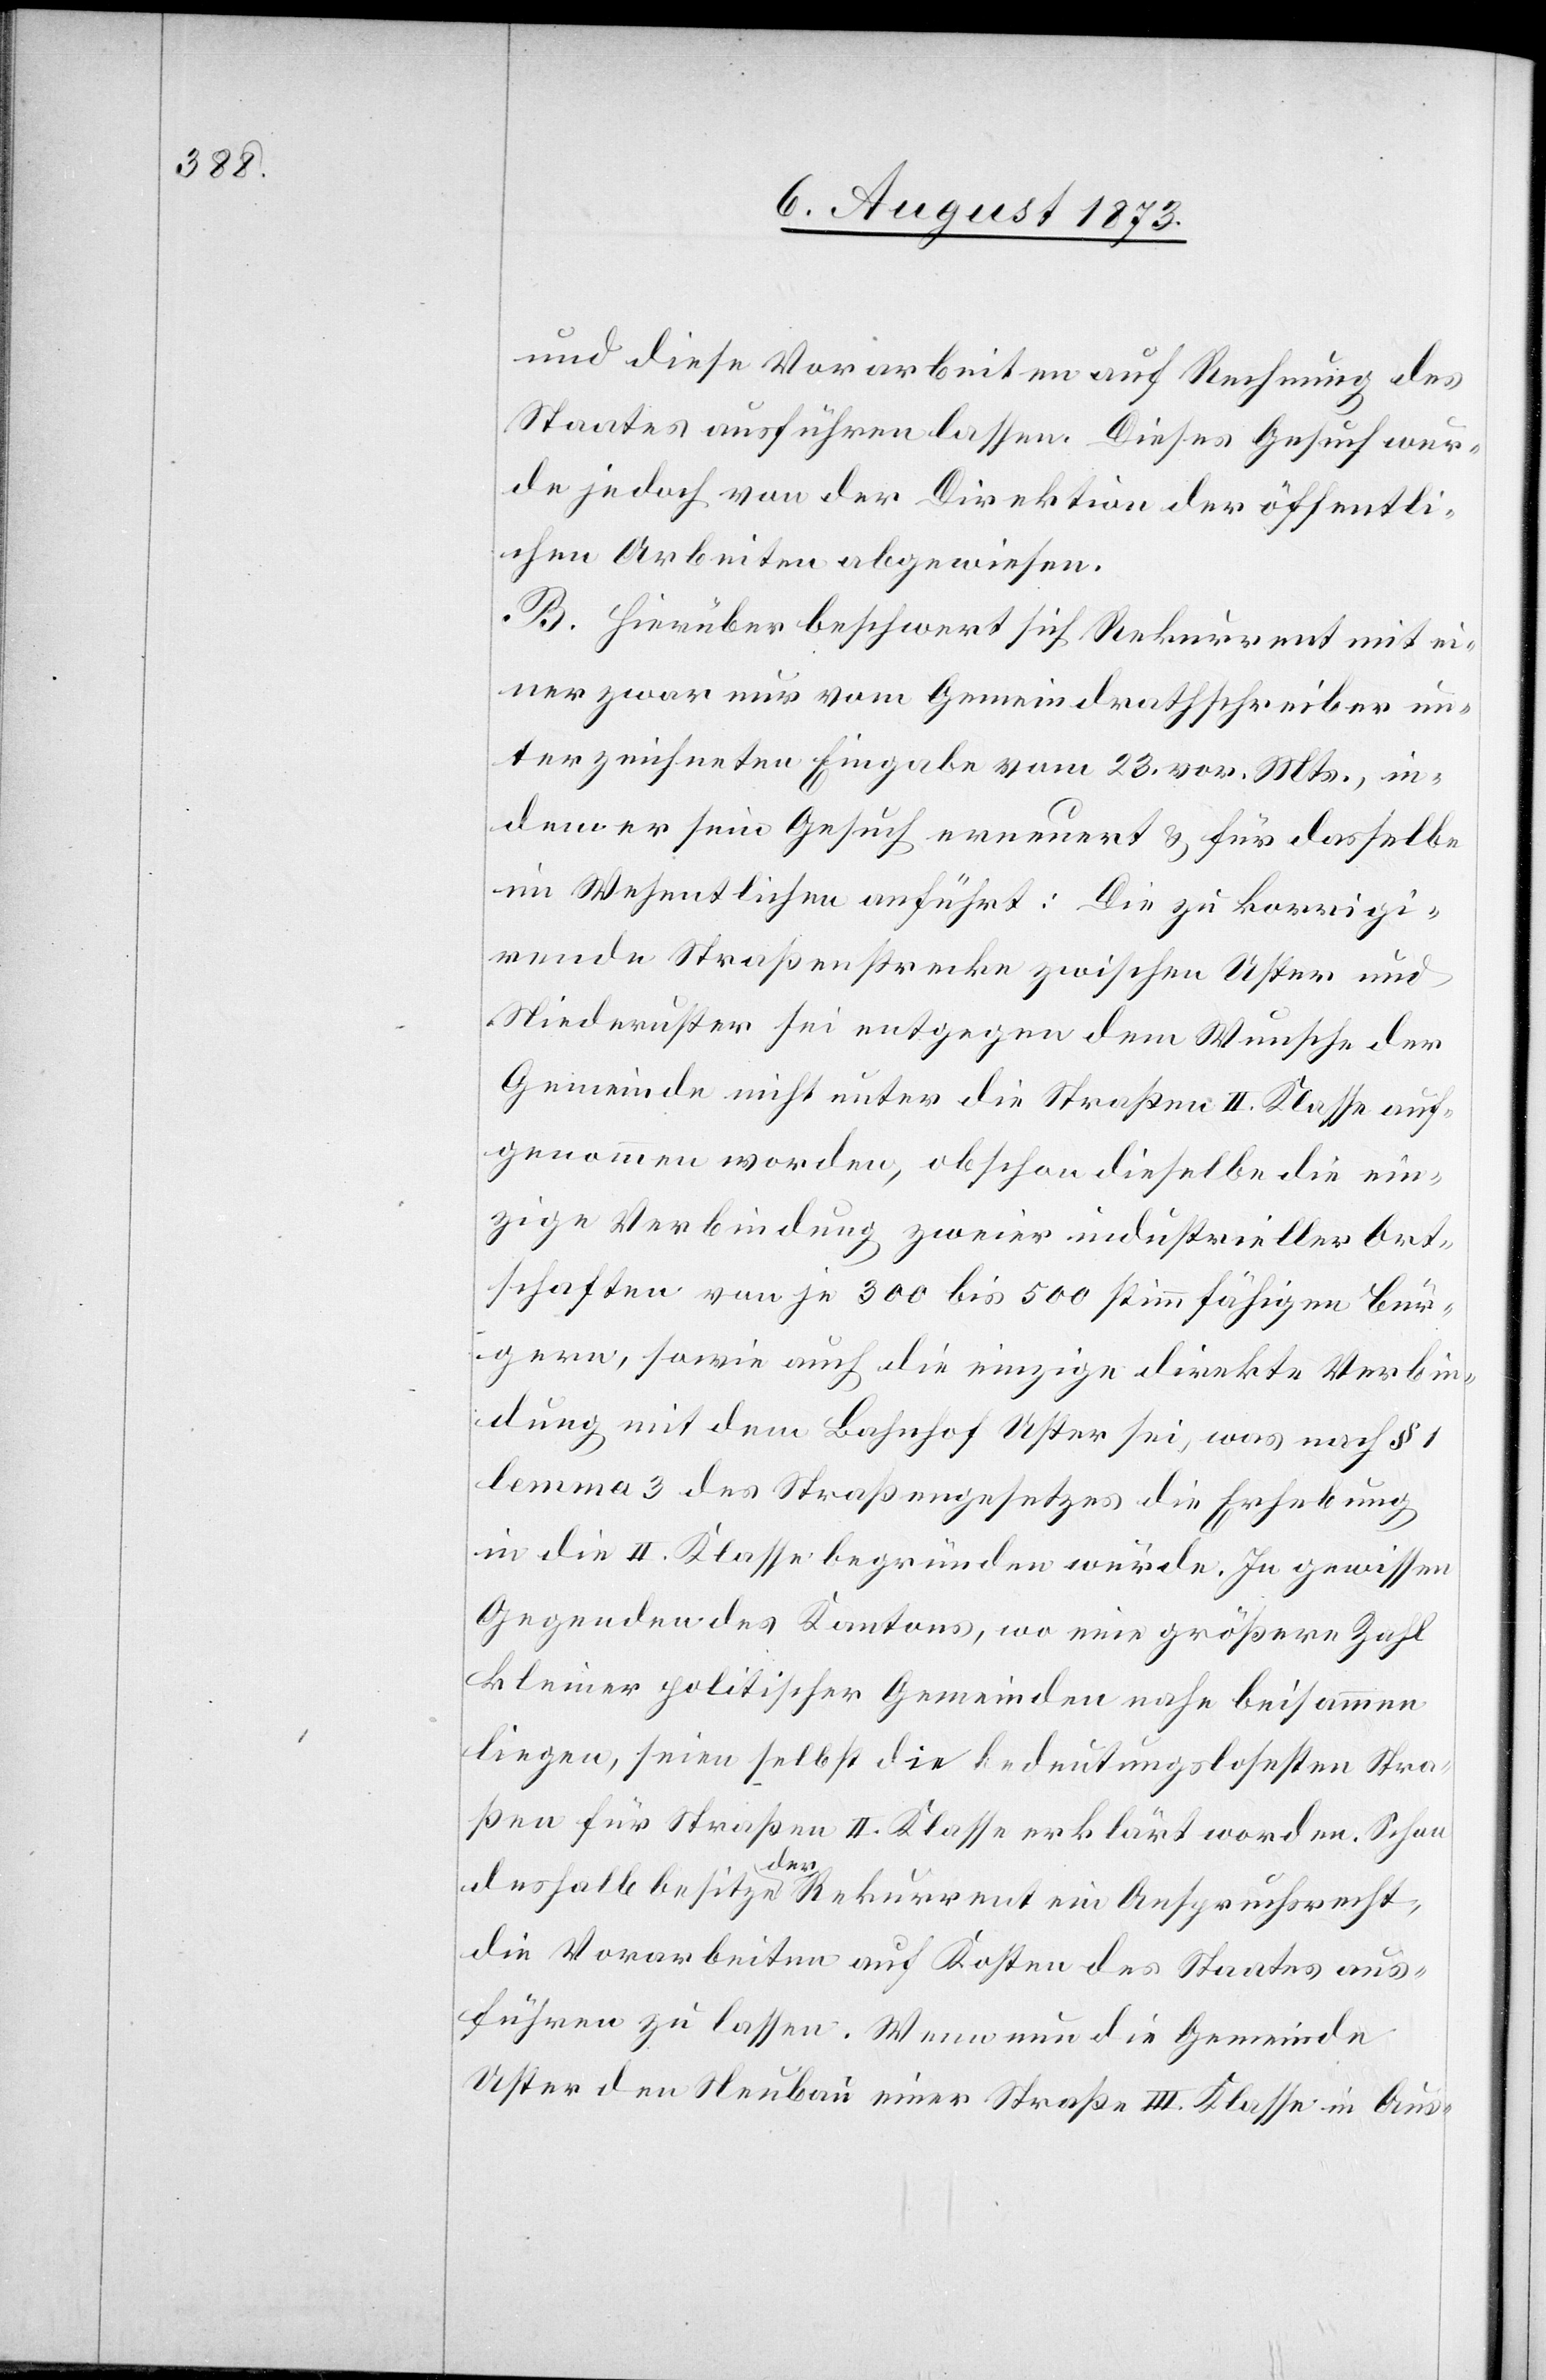
und diese Vorarbeiten auf Rechnung des
Staates ausführen lassen. Dieses Gesuch wur¬
de jedoch von der Direktion der öffentli¬
chen Arbeiten abgewiesen.
B. Hierüber beschwert sich Rekurrent mit ei¬
ner zwar nur vom Gemeindrathschreiber un¬
terzeichneten Eingabe vom 23. vor. Mts., in¬
dem er sein Gesuch erneuert & für dasselbe
im Wesentlichen anführt: Die zu korrigi¬
rende Straßenstrecke zwischen Uster und
Niederuster sei entgegen dem Wunsche der
Gemeinde nicht unter die Straßen II. Klasse auf¬
genommen worden, obschon dieselbe die ein¬
zige Verbindung zweier industrieller Ort¬
schaften von je 300 bis 500 stimmfähigen Bür¬
gern, sowie auch die einzige direkte Verbin¬
dung mit dem Bahnhof Uster sei, was nach § 1
lemma 3 des Straßengesetzes die Erhebung
in die II. Klasse begründen würde. In gewissen
Gegenden des Kantons, wo eine größere Zahl
kleiner politischer Gemeinden nahe beisammen
liegen, seien selbst die bedeutungslosesten Stra¬
ßen für Straßen II. Klasse erklärt worden. Schon
deshalb besitze der Rekurrent ein Anspruchsrecht,
die Vorarbeiten auf Kosten des Staates aus¬
führen zu lassen. Wenn nun die Gemeinde
Uster den Neubau einer Straße III. Klasse in Aus-